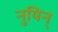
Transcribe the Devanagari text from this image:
नुयिन्